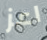
اعز